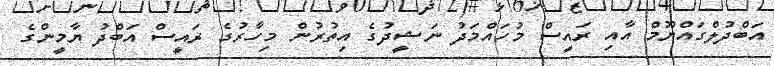
އަބްދުލްގައްޔޫމް އާއި ރައީސް މުހައްމަދު ނަޝީދުގެ އިތުރުން މިހާރުގެ ރައީސް އަބްދު ޔާމީންގެ